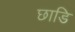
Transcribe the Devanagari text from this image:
छाडि